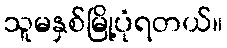
သူမနှစ်မြို့ပုံရတယ်။